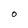
Character: O